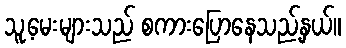
သူ့မေးများသည် စကားပြောနေသည့်နှယ်။